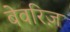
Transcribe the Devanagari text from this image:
बेवरिज़